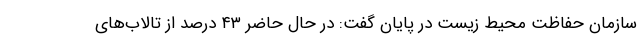
سازمان حفاظت محیط زیست در پایان گفت: در حال حاضر ۴۳ درصد از تالاب‌های